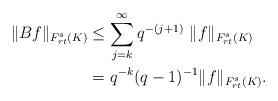
LaTeX: \begin{align*} \|Bf\|_{F_{r t}^s(K)} & \leq \sum_{j = k }^{\infty } q^{-(j+1)}~ \|f\|_{F_{r t}^s(K)} \\ & = q^{-k}(q-1)^{-1} \|f\|_{F_{r t}^s(K)}. \\ \end{align*}